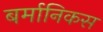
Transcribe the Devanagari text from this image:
बर्मानिकस